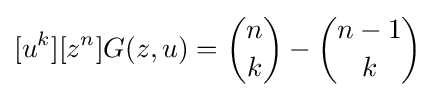
[u^{k}][z^{n}]G(z,u)={n \choose k}-{n-1 \choose k}